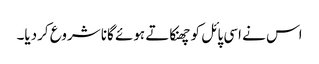
اس نے اسی پائل کو چھنکاتے ہوئے گانا شروع کردیا۔